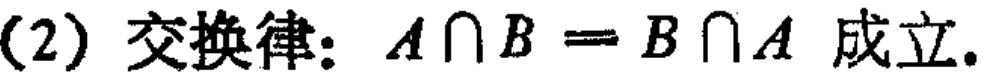
(2) 交换律: \(A\cap B = B\cap A\) 成立.